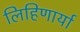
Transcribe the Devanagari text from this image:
लिहिणार्या